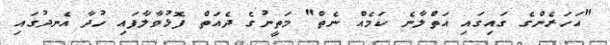
"އަހަރެންގެ ގައިގައި އަތްލާނެ ކަމެއް ނެތް" މަތީނުގެ ދެއަތް ފޮޅުވާލާފައި ހުދާ އެނދުގައި